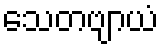
သေတဗျာယံ